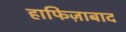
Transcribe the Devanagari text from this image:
हाफिज़ाबाद